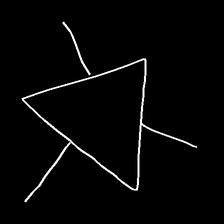
Glyph: fire